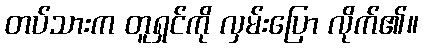
တပ်သားက တူရှင်ကို လှမ်းပြော လိုက်၏။